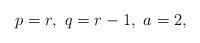
LaTeX: \begin{align*}p=r,\ q=r-1,\ a=2,\end{align*}